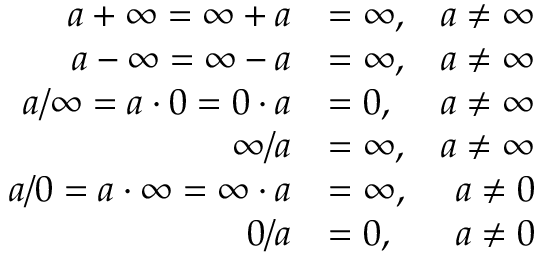
{ \begin{array} { r l r } { a + \infty = \infty + a } & { = \infty , } & { a \neq \infty } \\ { a - \infty = \infty - a } & { = \infty , } & { a \neq \infty } \\ { a / \infty = a \cdot 0 = 0 \cdot a } & { = 0 , } & { a \neq \infty } \\ { \infty / a } & { = \infty , } & { a \neq \infty } \\ { a / 0 = a \cdot \infty = \infty \cdot a } & { = \infty , } & { a \neq 0 } \\ { 0 / a } & { = 0 , } & { a \neq 0 } \end{array} }